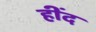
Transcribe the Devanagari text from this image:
हींद